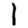
Digit: 1